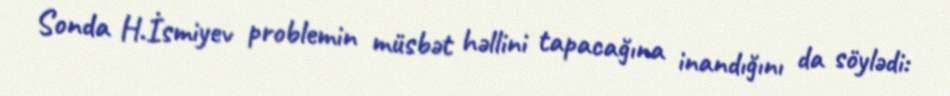
Sonda H.İsmiyev problemin müsbət həllini tapacağına inandığını da söylədi: